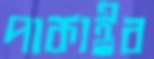
পাকাইব